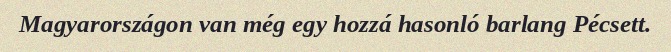
Magyarországon van még egy hozzá hasonló barlang Pécsett.